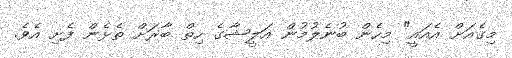
މިގެއަށް އެއައީ" މިހެން ބުނެލުމުން އަލީޝާގެ ހިތް ބާރަށް ތެޅެން ފެށި އެވެ.